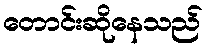
တောင်းဆိုနေသည်